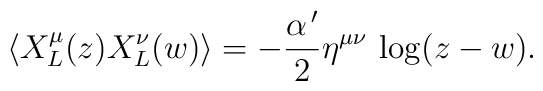
\left\langle X^{\mu}_L(z)X^{\nu}_L(w)\right\rangle=-\frac{\alpha^{\,\prime}}{2}\eta^{\mu\nu}\,\log(z-w).